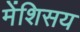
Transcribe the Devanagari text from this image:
मेंशिसय